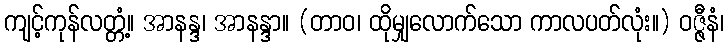
ကျင့်ကုန်လတ္တံ့။ အာနန္ဒ၊ အာနန္ဒာ။ (တာဝ၊ ထိုမျှလောက်သော ကာလပတ်လုံး။) ဝဇ္ဇီနံ၊